Tartu_pedagoogiumi_aruanded, lk 3
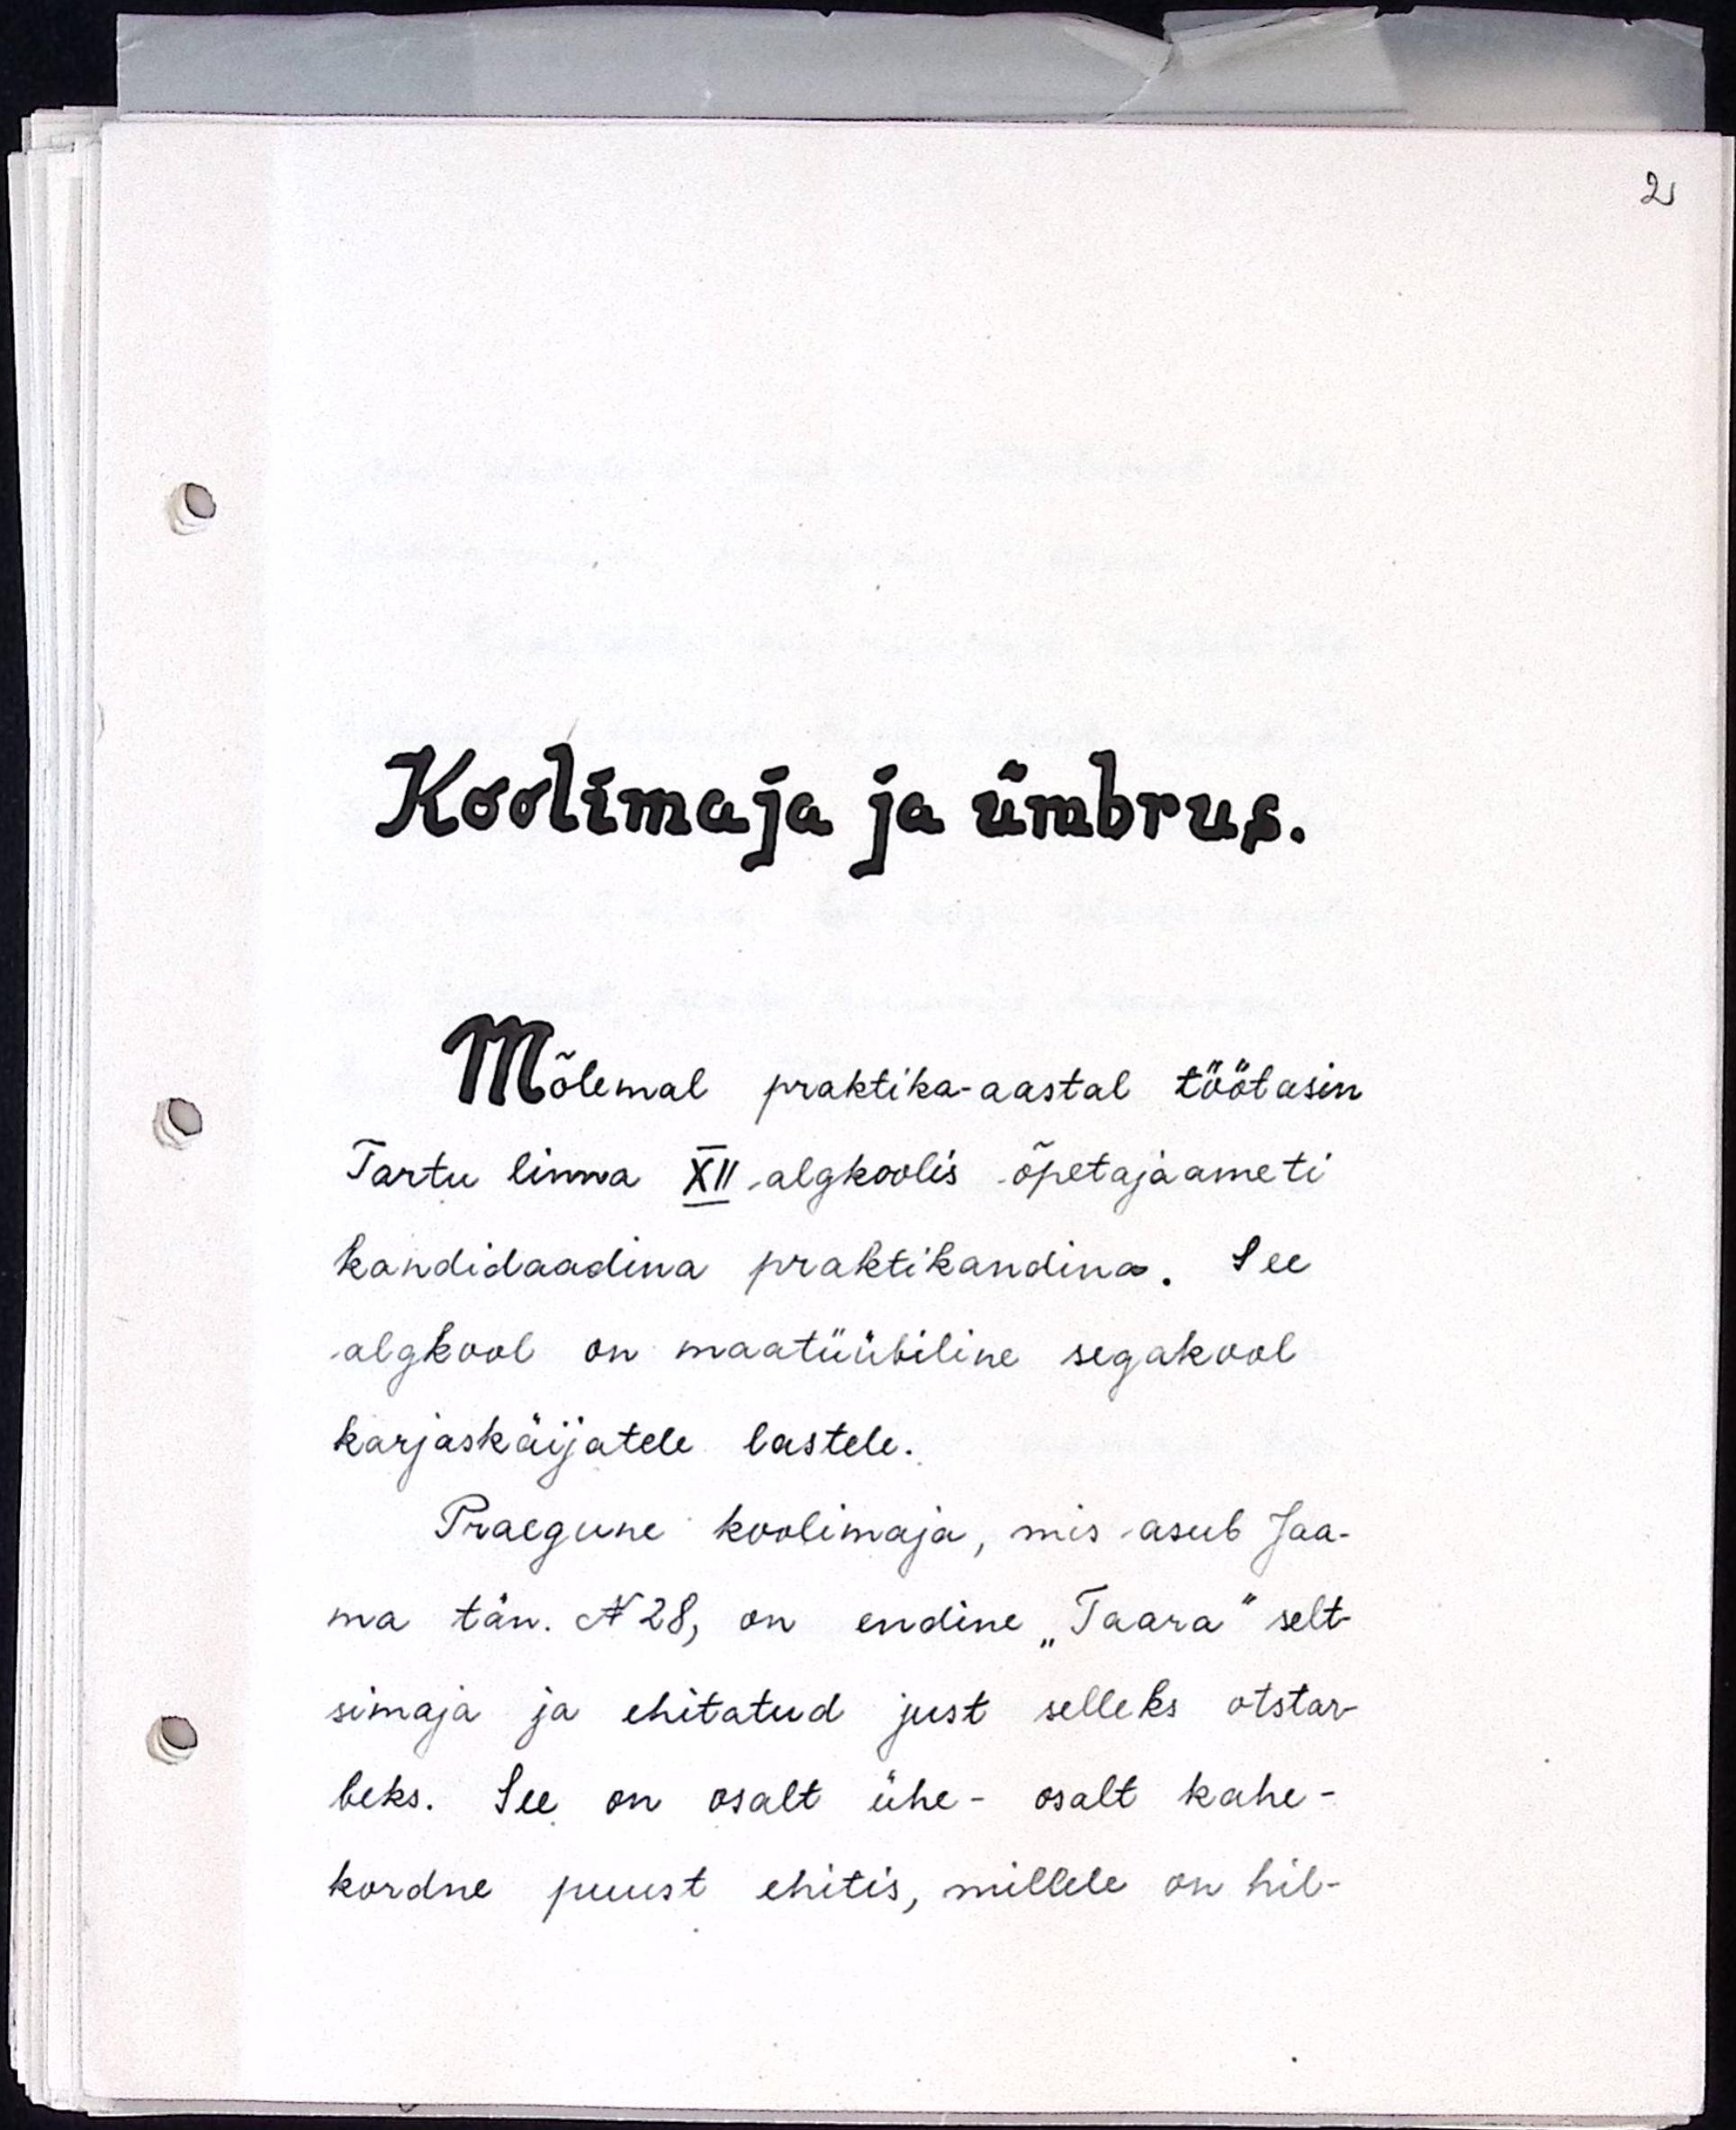
Koolimaja ja ümbrus.
Mõlemal praktika-aastal töötasin
Tartu linna XII algkoolis õpetajaameti
kandidaadina praktikandina. See
algkool on maatüübiline segakool
karjaskäijatele lastele.
Praegune koolimaja, mis asub Jaa-
ma tän. N28, on endine "Taara" selt-
simaja ja ehitatud just selleks otstar-
beks. See on osalt ühe- osalt kahe-
kordne puust ehitis, millele on hil-